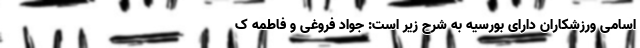
اسامی ورزشکاران دارای بورسیه به شرح زیر است: جواد فروغی و فاطمه ک